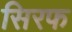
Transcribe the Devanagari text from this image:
सिरफ